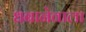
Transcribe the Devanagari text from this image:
धबानेवाला